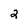
Character: 2